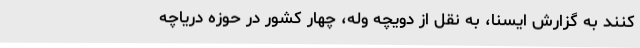
کنند به گزارش ایسنا، به نقل از دویچه وله، چهار کشور در حوزه دریاچه